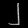
Digit: ၂